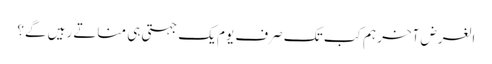
الغرض آخر ہم کب تک صرف یوم یک جہتی ہی مناتے رہیں گے؟